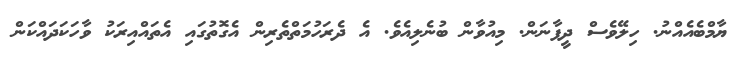
ޔާމްބެއެއްނު. ހިލޭވެސް ދީފާނަން. މިއުވާން ބުނެލިއެވެ. އެ ދެރަހުމަތްތެރިން އެގޮތުގައި އެތައްއިރަކު ވާހަކަދައްކަން